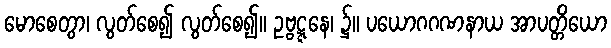
မောစေတွာ၊ လွတ်စေ၍ လွတ်စေ၍။ ဥဗ္ဗဋ္ဋနေ၊ ၌။ ပယောဂဂဏနာယ အာပတ္တိယော